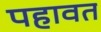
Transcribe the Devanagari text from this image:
पहावत